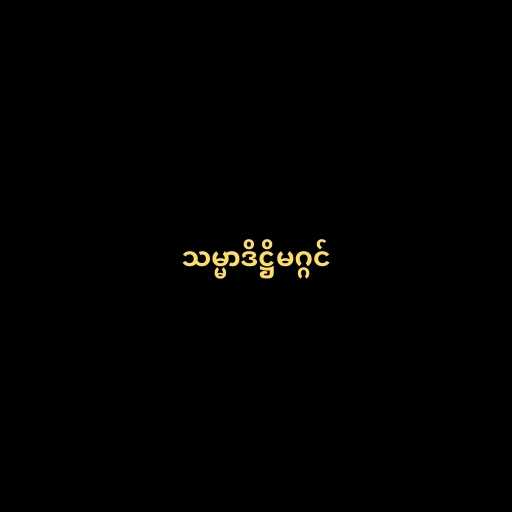
သမ္မာဒိဋ္ဌိမဂ္ဂင်